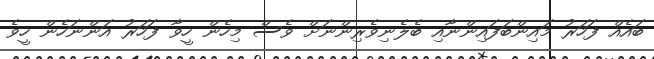
ބައެއް ފަހަރު މައިންބަފައިންނާއި ބެލެނިވެރިންނަށް ވެސް މިހެން ހީވާ ފަހަރު އަންނަހެން ހީވެ